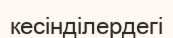
кесінділердегі